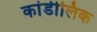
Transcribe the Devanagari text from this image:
कांडीलिक